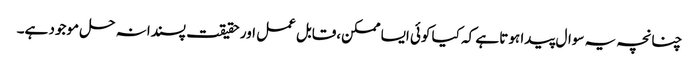
چنانچہ یہ سوال پیدا ہوتا ہے کہ کیا کوئی ایسا ممکن،قابل عمل اور حقیقت پسندانہ حل موجود ہے۔